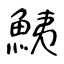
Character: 鮧